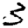
Digit: 3